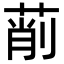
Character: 萷